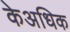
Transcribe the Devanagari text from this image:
केअधिक